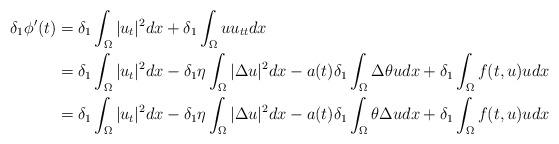
LaTeX: \begin{align*}\delta_1\phi'(t)&=\delta_1\int_\Omega |u_t|^2 dx+\delta_1\int_\Omega uu_{tt}dx\\&=\delta_1\int_\Omega |u_t|^2dx-\delta_1\eta\int_\Omega|\Delta u|^2dx-a(t)\delta_1\int_\Omega \Delta \theta udx+\delta_1\int_\Omega f(t,u)udx\\&=\delta_1\int_\Omega |u_t|^2dx-\delta_1\eta\int_\Omega|\Delta u|^2dx-a(t)\delta_1\int_\Omega \theta \Delta udx+\delta_1\int_\Omega f(t,u)udx\end{align*}